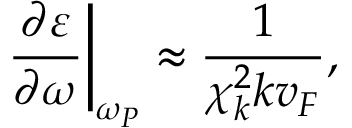
\left. \frac { \partial \varepsilon } { \partial \omega } \right\vert _ { \omega _ { P } } \approx \frac { 1 } { \chi _ { k } ^ { 2 } k v _ { F } } ,